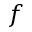
f